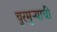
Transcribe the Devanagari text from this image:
चुरमुऱ्याची